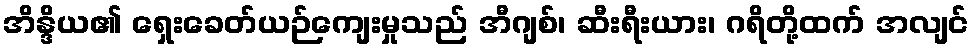
အိန္ဒိယ၏ ရှေးခေတ်ယဉ်ကျေးမှုသည် အီဂျစ်၊ ဆီးရီးယား၊ ဂရိတို့ထက် အလျင်